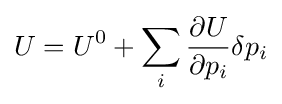
U=U^{0}+\sum _{i}{\frac {\partial U}{\partial p_{i}}}\delta p_{i}